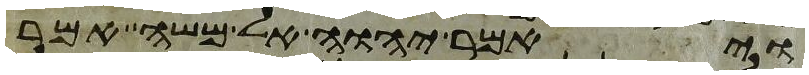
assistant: ויאמר יהוה אל משה אמר